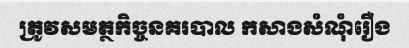
ត្រូវសមត្ថកិច្ចនគរបាល កសាងសំណុំរឿង